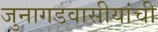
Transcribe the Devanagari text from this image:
जुनागडवासीयांची